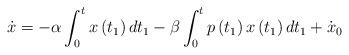
LaTeX: \begin{align*}\dot{x}=-\alpha \int_{0}^{t }x\left( t_{1}\right) dt_{1}-\beta\int_{0}^{t }p\left( t_{1}\right) x\left( t_{1}\right) dt_{1}+\dot{x}_{0} \end{align*}